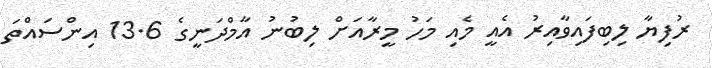
ރުފިޔާ ލިބިފައިވާއިރު އެއީ މެއި މަހު މީރާއަށް ލިބުނު އާމްދަނީގެ 13.6 އިންސައްތަ